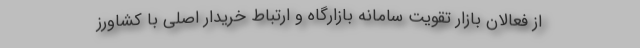
از فعالان بازار تقویت سامانه بازارگاه و ارتباط خریدار اصلی با کشاورز